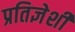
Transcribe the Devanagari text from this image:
प्रतिज्ञेशी